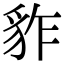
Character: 𧲮